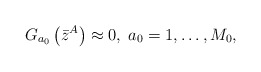
\begin{align*}G_{a_{0}}\left( \bar{z}^{A}\right) \approx 0,\;a_{0}=1,\ldots ,M_{0},\end{align*}